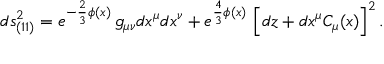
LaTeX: d s _ { ( 1 1 ) } ^ { 2 } = e ^ { - \frac 2 3 \phi ( x ) } \, g _ { \mu \nu } d x ^ { \mu } d x ^ { \nu } + e ^ { \frac 4 3 \phi ( x ) } \, \left[ d z + d x ^ { \mu } C _ { \mu } ( x ) \right] ^ { 2 } .